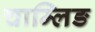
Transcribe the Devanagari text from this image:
चाम्लिङ